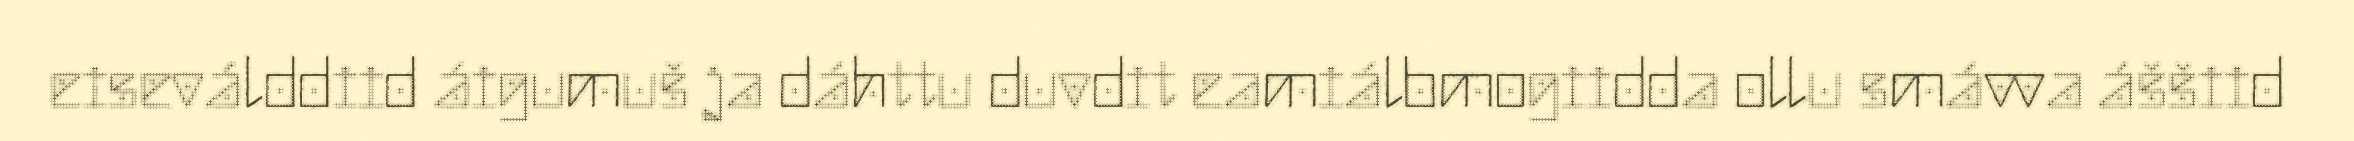
eiseválddiid áigumuš ja dáhttu duvdit eamiálbmogiidda ollu smávva áššiid